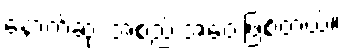
နောက်ဆုံး အစည်းအဝေးဖြစ်တယ်။